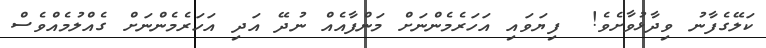
ކަލޭގެފާނު ވިދާޅުވާށެވެ!  ފިޔަވައި އަހަރެމެންނަށް މަންފާއެއް ނުދޭ އަދި އަހަރެމެންނަށް ގެއްލުމެއްވެސް